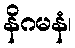
နိဂမနံ၊